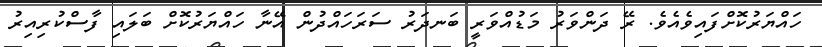
ހައްޔަރުކޮށްފައިވެއެވެ. ރޭ ދަންވަރު މަޑުއްވަރީ ބަަނދަރު ސަރަހައްދުން އޭނާ ހައްޔަރުކޮށް ބަލައި ފާސްކުރިއިރު